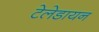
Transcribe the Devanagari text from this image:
टेलेडायन